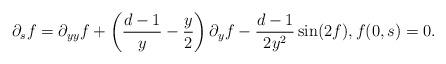
LaTeX: \begin{align*} \partial_{s}f=\partial_{yy}f+\left(\frac{d-1}{y}-\frac{y}{2}\right)\partial_{y}f-\frac{d-1}{2y^{2}}\sin(2f),f(0,s)=0.\end{align*}